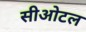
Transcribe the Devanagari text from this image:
सीओटल